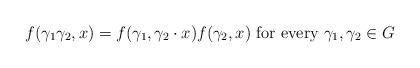
LaTeX: \begin{align*}f(\gamma_1\gamma_2,x) = f(\gamma_1,\gamma_2\cdot x) f(\gamma_2,x)\mbox{ for every }\gamma_1,\gamma_2\in G\end{align*}